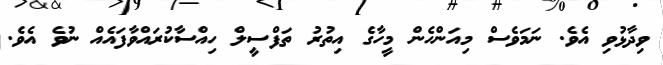
ވިދާޅުވި އެވެ. ނަމަވެސް މިއަންހެން މީހާގެ އިތުރު ތަފްސީލް ހިއްސާކުރައްވާފައެއް ނުވެ އެވެ.